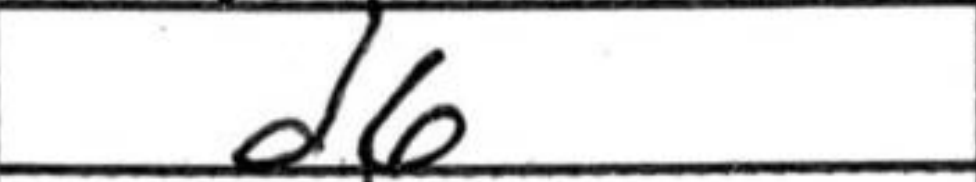
Transcription: d6